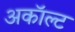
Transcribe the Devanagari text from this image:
अकॉल्ट